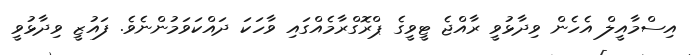
އިސްމާއީލް އެހެން ވިދާޅުވީ ރާއްޖެ ޓީވީގެ ޕްރޮގްރާމެއްގައި ވާހަކަ ދައްކަވަމުންނެވެ. ފައުޒީ ވިދާޅުވީ